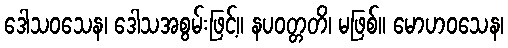
ဒေါသဝသေန၊ ဒေါသအစွမ်းဖြင့်။ နပဝတ္တတိ၊ မဖြစ်။ မောဟဝသေန၊